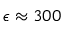
\epsilon \approx 3 0 0